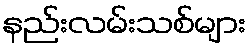
နည်းလမ်းသစ်များ